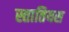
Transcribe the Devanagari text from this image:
स्तातियस